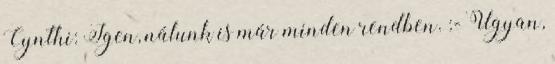
Cynthi: Igen, nálunk is már minden rendben. :- Ugyan,